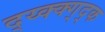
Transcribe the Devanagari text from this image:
द्य्क्क्ग्द्क